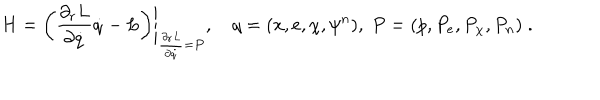
LaTeX: H = \left. \left( \frac { \partial _ { r } L } { \partial \dot { q } } \dot { q } - L \right) \right| _ { \frac { \partial _ { r } L } { \partial \dot { q } } = P } , \, \, \, \, \, \, q = ( x , e , \chi , \psi ^ { n } ) , \; P = ( p , P _ { e } , P _ { \chi } , P _ { n } ) \; .